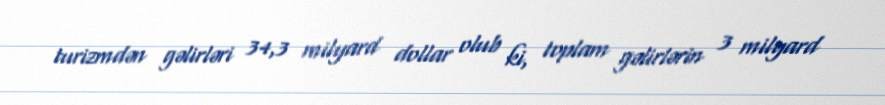
turizmdən gəlirləri 34,3 milyard dollar olub ki, toplam gəlirlərin 3 milyard